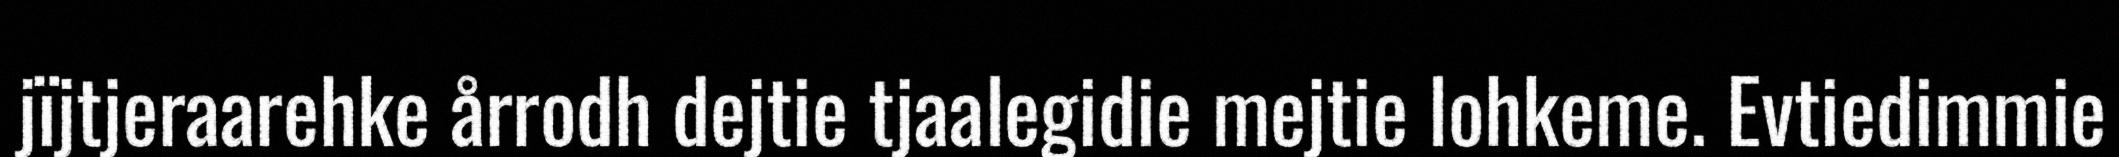
jïjtjeraarehke årrodh dejtie tjaalegidie mejtie lohkeme. Evtiedimmie